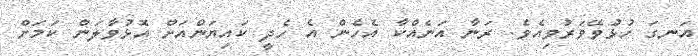
އަނގަ ހުޅުވޭވަރުވިއެވެ. ރަނާ އަނެއްކާ އެހެން އެ ހެދީ ކައިޔަންއަށް އޮޅުވާލަން ކަމަށް